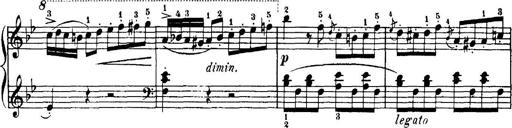
Title: 7 Sonatinas
Composer: Anton Diabelli